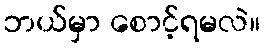
ဘယ်မှာ စောင့်ရမလဲ။